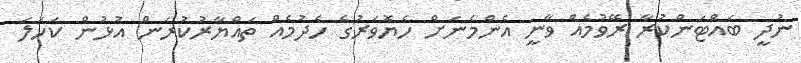
ނުދީ ބައްޓަންކުރާ ރޭވުމެއް ވާނީ އެންމެނަށް ހެޔޮވަރުގެ ހެދުމެއް ތައްޔާރުކުރަން އުޅުން ކަހަލަ